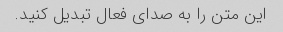
این متن را به صدای فعال تبدیل کنید.